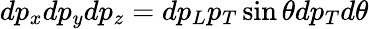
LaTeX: dp_{x}dp_{y}dp_{z}=dp_{L}p_{T}\sin\theta dp_{T}d\theta